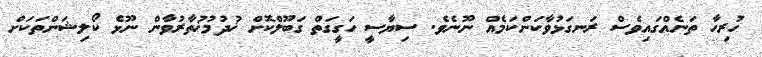
ހުރިހާ ތަނެއްގައިވެސް ރަނގަޅުވާކަންކަމެއް ނޫނެވެ. ސިޔާސީ ހަގީގަތް ގަބޫލްކޮށް ޚުދުމުޚުތާރުވާން ނޫޅެ ކޯލިޝަންތަކަށް